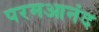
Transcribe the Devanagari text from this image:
परमआनंद